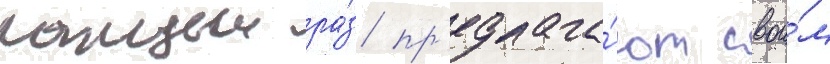
каждыи ра́з пр'едлага́ют свои́м